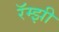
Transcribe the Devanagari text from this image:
रॅम्झी